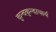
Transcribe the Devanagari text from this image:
कुन्दकुन्दाचार्य